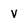
Character: v